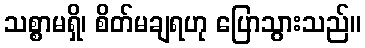
သစ္စာမရှိ၊ စိတ်မချရဟု ပြောသွားသည်။